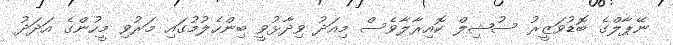
ނޭޕާލްގެ ބޮޑުވަޒީރު ސުޝިލް ކޮއިރާލާވެސް މިއަދު ވިދާޅުވީ ބިންހެލުމުގައި މަރުވި މީހުންގެ އަދަދު